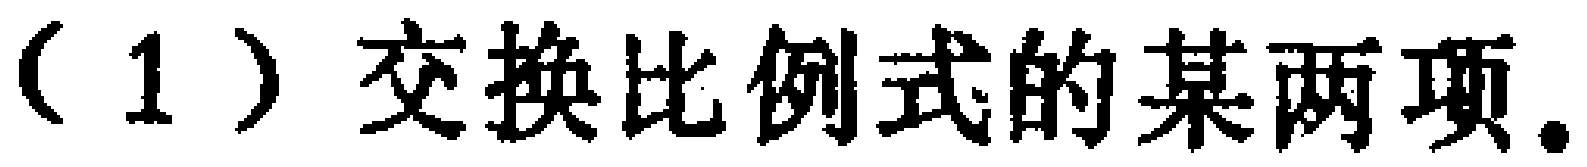
（1）交换比例式的某两项。